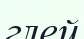
глей